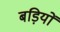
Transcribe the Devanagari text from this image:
बड़ियों